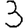
Digit: 3